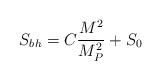
LaTeX: \begin{align*}S_{bh} = C \frac{M^{2}}{M_{P}^{2}} + S_{0}\end{align*}